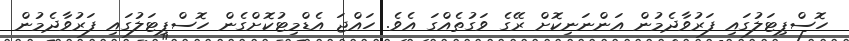
ހޮސްޕިޓަލުގައި ފަރުވާދެމުން އަންނަނިކޮށް ރޭގެ ވަގުތެއްގަ އެވެ. ހައްޖަ އެޑްމިޓުކޮށްގެން ހޮސްޕިޓަލުގައި ފަރުވާދެމުން